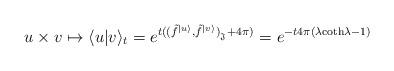
LaTeX: \begin{align*}u \times v \mapsto \langle u|v\rangle_t = e^{t((\tilde{f}^{|u\rangle},\tilde{f}^{|v\rangle})_{{}_{\mathfrak{J}}} + 4\pi)}=e^{-t4\pi(\lambda \textrm{coth}\lambda -1)}\end{align*}